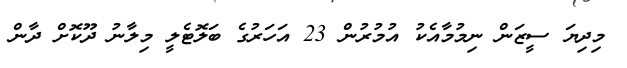
މިދިޔަ ސީޒަން ނިމުމާއެކު އުމުރުން 23 އަހަރުގެ ބަލޮޓެލީ މިލާނު ދޫކޮށް ދާން